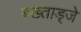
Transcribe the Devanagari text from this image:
बख्ताड्जे